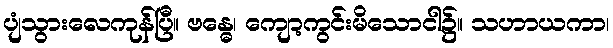
ပျံသွားလေကုန်ပြီ။ ဗန္ဓေ၊ ကျော့ကွင်းမိသောငါ၌။ သဟာယကာ၊